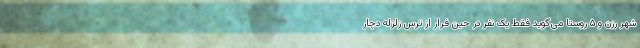
شهر رزن و ۵ روستا می‌گوید فقط یک نفر در حین فرار از ترس زلزله دچار